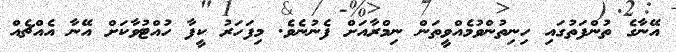
އޭނާގެ ތުންފަތުގައި ހިނިތުންވުމެއްވީތަން ނިމްރާއަށް ފެނުނެވެ. މިފަހަރު ކީފާ ހުއްޓުވާކަށް އޭނާ އެއްޗެއް